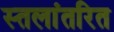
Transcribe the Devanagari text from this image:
स्तलांतरित